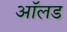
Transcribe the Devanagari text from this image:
आॅलड